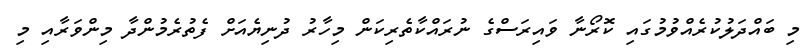
މި ބައްދަލުކުރެއްވުމުގައި ކޮރޯނާ ވައިރަސްގެ ނުރައްކާތެރިކަން މިހާރު ދުނިޔެއަށް ފެތުރެމުންދާ މިންވަރާއި މި